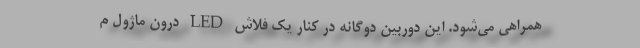
همراهی می‌شود. این دوربین دوگانه در کنار یک فلاش LED درون ماژول م